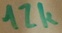
Text: 12k